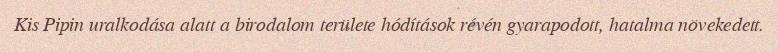
Kis Pipin uralkodása alatt a birodalom területe hódítások révén gyarapodott, hatalma növekedett.